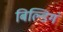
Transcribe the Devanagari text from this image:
बिल्डिगं